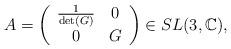
LaTeX: \begin{align*}A= \left(\begin{array}{ccc}\frac{1}{\det(G)} & 0 \\ 0 & G\end{array}\right) \in SL(3, \mathbb{C}),\end{align*}